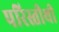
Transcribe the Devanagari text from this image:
परिस्तीथी